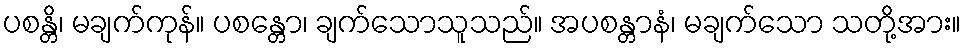
ပစန္တိ၊ မချက်ကုန်။ ပစန္တော၊ ချက်သောသူသည်။ အပစန္တာနံ၊ မချက်သော သတို့အား။